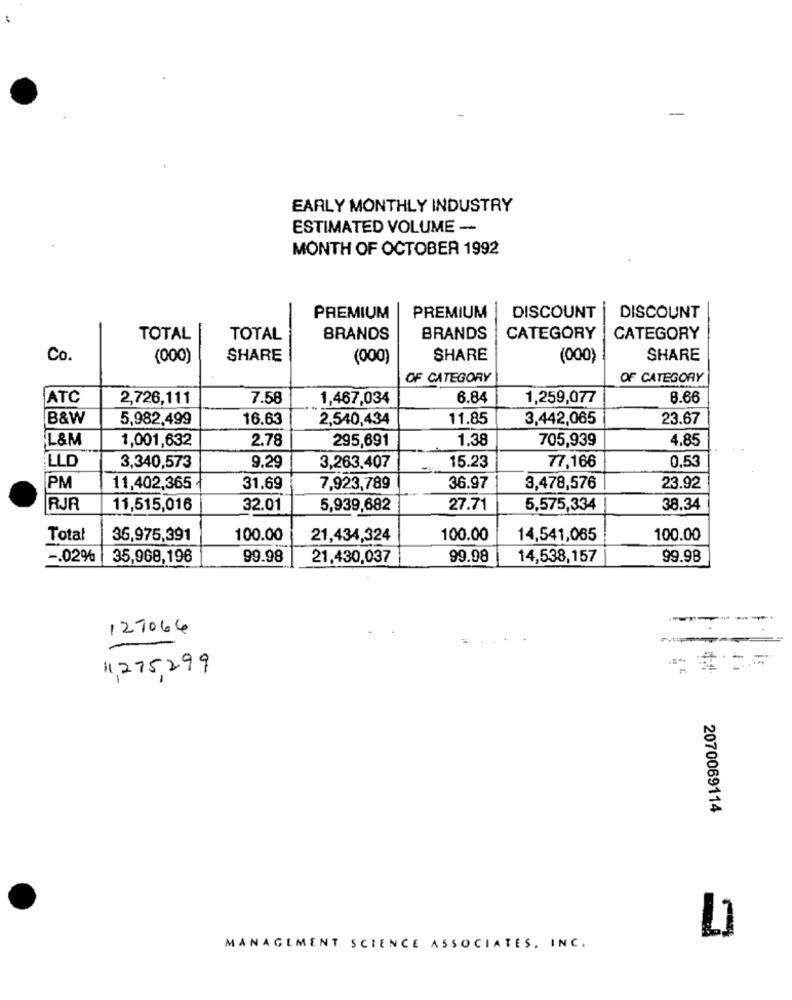
-
-
EARLY MONTHLY INDUSTRY
ESTIMATED VOLUME -
MONTH OF OCTOBER 1992
PREMIUM
PREMIUM
DISCOUNT
DISCOUNT
TOTAL
TOTAL
BRANDS
BRANDS
CATEGORY
CATEGORY
Co.
(000)
SHARE
(000)
SHARE
(000)
SHARE
OF CATEGORY
OF CATEGORY
ATC
2,726,111
7.58
1,467,034
6.84
1,259,077
8.66
B&W
5,982,499
16.63
2,540,434
11.85
3,442,065
23.67
L&M
1,001,632
2.78
295,691
1.38
705,939
4.85
LLD
3,340,573
9.29
3,263,407
15.23
77,166
0.53
PM
11,402,365 -
31.69
7,923,789
36.97
3,478,576
23.92
RJR
11,515,016
32.01
5,939,682
27.71
5,575,334
38.34
Total
36,975,391
100.00
21,434,324
100.00
14,541,065
100.00
-. 02%
35,968,196
99.98
21,430,037
99.98
14,538,157
99.98
-----
127066
11,275,299
2070069114
MANAGEMENT SCIENCE ASSOCIATES, INC.